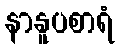
နာနူပစာရံ